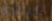
عدمه